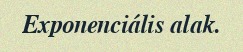
Exponenciális alak.